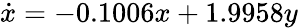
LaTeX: \dot{x}=-0.1006x+1.9958y